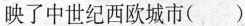
映了中世纪西欧城市( )